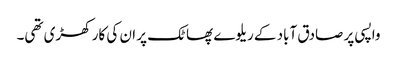
واپسی پر صادق آباد کے ریلوے پھاٹک پر ان کی کار کھڑی تھی۔